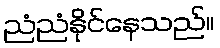
ညံညံနိုင်နေသည်။